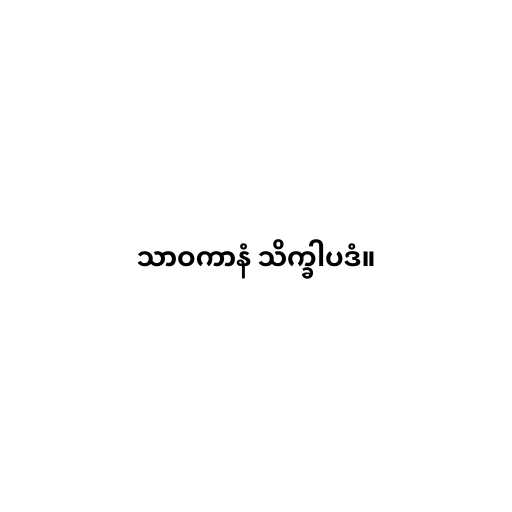
သာဝကာနံ သိက္ခါပဒံ။